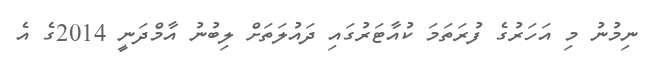
ނިމުނު މި އަހަރުގެ ފުރަތަމަ ކުއާޓަރުގައި ދައުލަތަށް ލިބުނު އާމްދަނީ 2014ގެ އެ